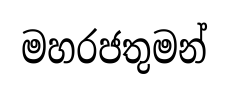
මහරජතුමන්